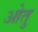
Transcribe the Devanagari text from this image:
ओतु